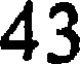
43